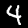
Label: 4